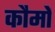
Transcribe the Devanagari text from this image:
कौमों